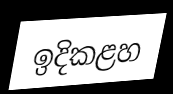
ඉදිකළහ